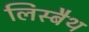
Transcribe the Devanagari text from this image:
लिस्बैथ